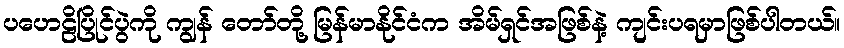
ပဟေဠိပြိုင်ပွဲကို ကျွန် တော်တို့ မြန်မာနိုင်ငံက အိမ်ရှင်အဖြစ်နဲ့ ကျင်းပရမှာဖြစ်ပါတယ်။